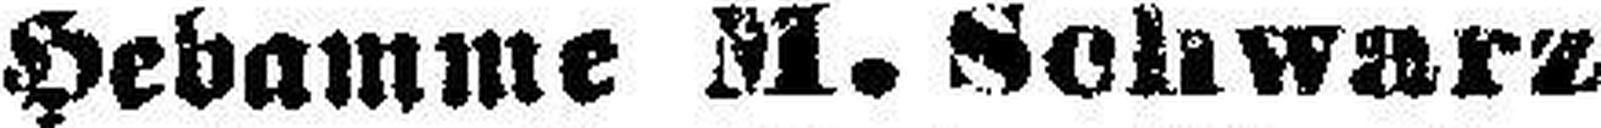
Hebamme M. Schwarz